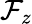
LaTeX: \mathcal{F}_{z}